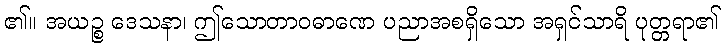
၏။ အယဉ္စ ဒေသနာ၊ ဤသောတာဝဓာဏေ ပညာအစရှိသော အရှင်သာရိ ပုတ္တရာ၏